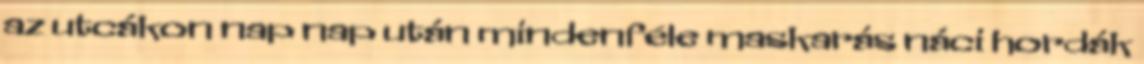
az utcákon nap nap után mindenféle maskarás náci hordák